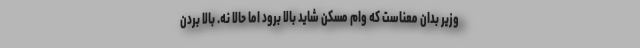
وزیر بدان معناست که وام مسکن شاید بالا برود اما حالا نه. بالا بردن